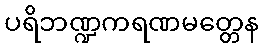
ပရိဘဏ္ဍကရဏမတ္တေန